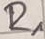
Text: R1